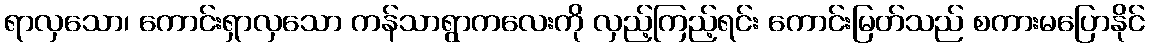
ရာလှသော၊ ကောင်းရှာလှသော ကန်သာရွာကလေးကို လှည့်ကြည့်ရင်း ကောင်းမြတ်သည် စကားမပြောနိုင်